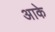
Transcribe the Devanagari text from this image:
अाके